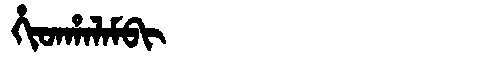
Manchu: ᡥᡳᡨᡥᠠᠯᠠᠮᠪᡳ
Romanization: HITHALAMBI